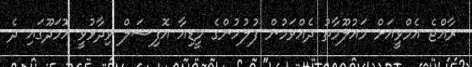
ރާއްޖެ އެމްވީއަށް މައުލޫމާތު ދެއްވަމުން ފުލުހުންގެ މީޑިއާ އޮފިޝަލް ވިދާޅުވީ އޮމަދޫގައި ދެ